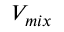
V _ { m i x }